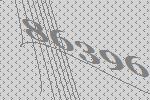
86396